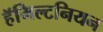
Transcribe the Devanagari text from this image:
हॅमिल्टनियन